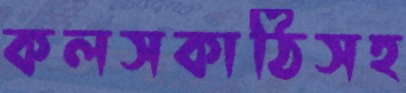
কলসকাঠিসহ